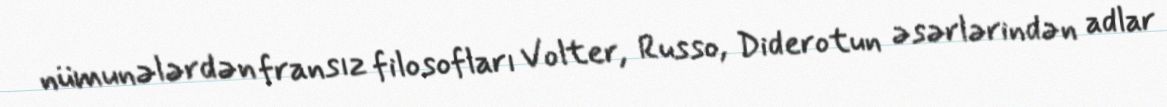
nümunələrdən fransız filosofları Volter, Russo, Diderotun əsərlərindən adlar